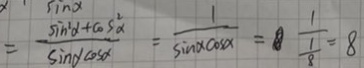
\sin a = \frac { \sin \alpha + \cos ^ { 2 } \alpha } { \sin \alpha \cos \alpha } = \frac { 1 } { \sin \alpha \cos \alpha } = \frac { 1 } { \frac { 1 } { 8 } } = 8